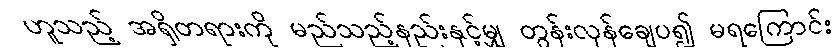
ဟူသည့် အရှိတရားကို မည်သည့်နည်းနှင့်မျှ တွန်းလှန်ချေပ၍ မရကြောင်း